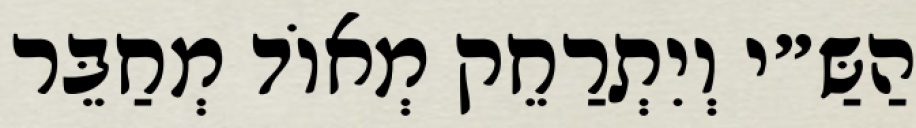
הַשַּ״י וְיִתְרַחֵק מְאוֹד מְחַבֵּר